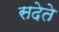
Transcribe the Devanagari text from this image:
सदेते